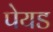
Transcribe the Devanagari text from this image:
पेयड